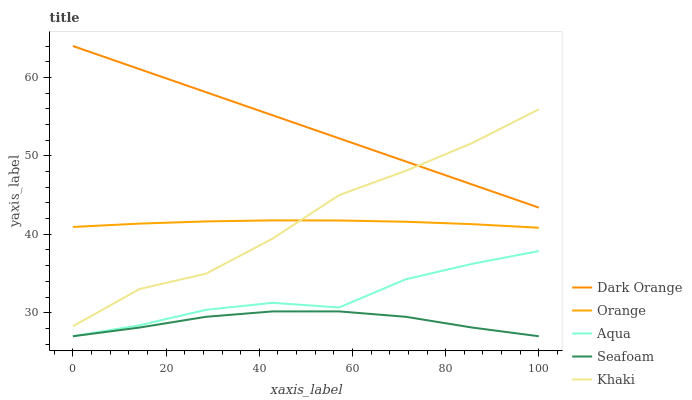
| xaxis_label | Dark Orange | Orange | Aqua | Seafoam | Khaki |
 | --- | --- | --- | --- | --- | --- |
 | 0 | 64 | 40.9 | 27 | 27 | 28.3 |
 | 14.3 | 61.1 | 41.4 | 28.4 | 28.1 | 33 |
 | 28.6 | 58.1 | 41.6 | 30.4 | 29.5 | 35 |
 | 42.9 | 55.2 | 41.8 | 31.3 | 30.2 | 39.4 |
 | 57.1 | 52.2 | 41.8 | 30.7 | 30.2 | 45 |
 | 71.4 | 49.3 | 41.6 | 34.3 | 29.5 | 48.1 |
 | 85.7 | 46.3 | 41.3 | 36.2 | 28.1 | 51.6 |
 | 100 | 43.4 | 40.8 | 37.9 | 27 | 55.9 |